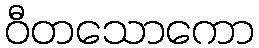
ဝီတသောကော